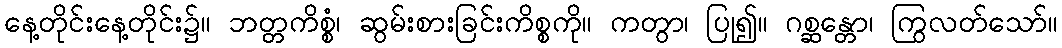
နေ့တိုင်းနေ့တိုင်း၌။ ဘတ္တကိစ္စံ၊ ဆွမ်းစားခြင်းကိစ္စကို။ ကတွာ၊ ပြု၍။ ဂစ္ဆန္တော၊ ကြွလတ်သော်။